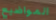
المواضيع